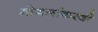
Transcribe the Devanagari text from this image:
मोगलांकरवी